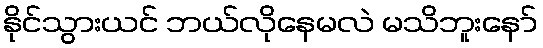
နိုင်သွားယင် ဘယ်လိုနေမလဲ မသိဘူးနော်